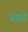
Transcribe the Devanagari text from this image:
जातॊ